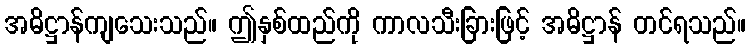
အဓိဋ္ဌာန်ကျသေးသည်။ ဤနှစ်ထည်ကို ကာလသီးခြားဖြင့် အဓိဋ္ဌာန် တင်ရသည်။